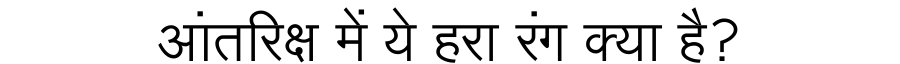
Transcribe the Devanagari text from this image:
आंतरिक्ष में ये हरा रंग क्या है?